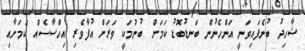
ޝާހިދު ބުނެފައިވަނީ އަންހެނުން ބަނޑުބޮޑު ކަމަށް ބުނުމަކީ ވަރަށް އުފާވެރި އިހްސާސެއް ކަމަށާއި